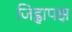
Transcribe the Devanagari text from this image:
जिह्वापक्ष